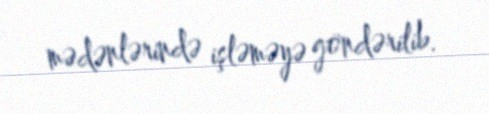
mədənlərində işləməyə göndərilib.